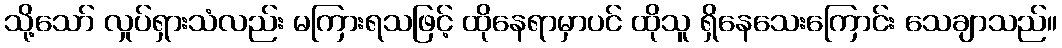
သို့သော် လှုပ်ရှားသံလည်း မကြားရသဖြင့် ထိုနေရာမှာပင် ထိုသူ ရှိနေသေးကြောင်း သေချာသည်။